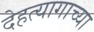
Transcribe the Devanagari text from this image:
देहत्यागाच्या